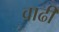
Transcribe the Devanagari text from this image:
वाढी